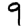
Digit: 9